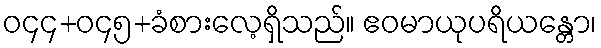
ဝ၄၄+ဝ၄၅+ခံစားလေ့ရှိသည်။ ဧဝမာယုပရိယန္တော၊